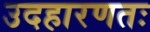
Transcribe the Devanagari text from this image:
उदहारणतः